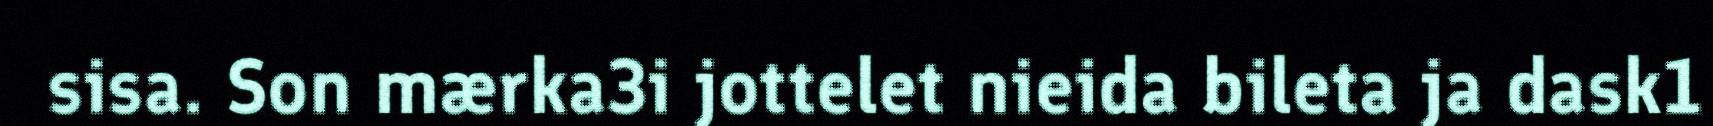
sisa. Son mærka3i jottelet nieida bileta ja dask1